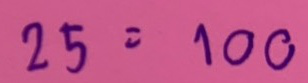
25 = 100